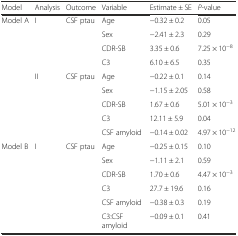
| Model | Analysis | Outcome | Variable | Estimate ± SE | P-value |
 | --- | --- | --- | --- | --- | --- |
 | <ROWSPAN=9> Model A | <ROWSPAN=4> I | <ROWSPAN=4> CSF ptau | Age | −0.32 ± 0.2 | 0.05 |
 | Sex | −2.41 ± 2.3 | 0.29 |
 | CDR-SB | 3.35 ± 0.6 | 7.25 × 10−8 |
 | C3 | 6.10 ± 6.5 | 0.35 |
 | <ROWSPAN=5> II | <ROWSPAN=5> CSF ptau | Age | −0.22 ± 0.1 | 0.14 |
 | Sex | −1.15 ± 2.05 | 0.58 |
 | CDR-SB | 1.67 ± 0.6 | 5.01 × 10−3 |
 | C3 | 12.11 ± 5.9 | 0.04 |
 | CSF amyloid | −0.14 ± 0.02 | 4.97 × 10−12 |
 | <ROWSPAN=6> Model B | <ROWSPAN=6> I | <ROWSPAN=6> CSF ptau | Age | −0.25 ± 0.15 | 0.10 |
 | Sex | −1.11 ± 2.1 | 0.59 |
 | CDR-SB | 1.70 ± 0.6 | 4.47 × 10−3 |
 | C3 | 27.7 ± 19.6 | 0.16 |
 | CSF amyloid | −0.38 ± 0.3 | 0.19 |
 | C3:CSF amyloid | −0.09 ± 0.1 | 0.41 |